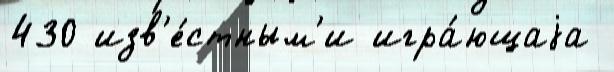
430 изв'е́стным'и игра́ющаjа